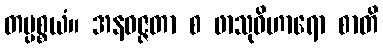
တပ္ပစ္စယံ။ အနဝဇ္ဇတာ စ ဖာသုဝိဟာရော စာတိ